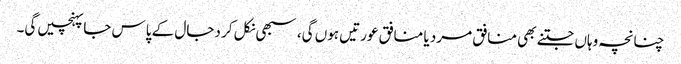
چنانچہ وہاں جتنے بھی منافق مرد یا منافق عورتیں ہوں گی، سبھی نکل کر دجال کے پاس جاپہنچیں گی۔